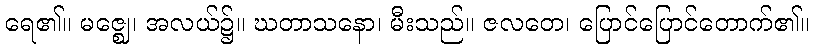
ရေ၏။ မဇ္ဈေ၊ အလယ်၌။ ဃတာသနော၊ မီးသည်။ ဇလတေ၊ ပြောင်ပြောင်တောက်၏။